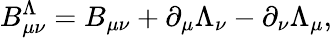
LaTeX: B_{\mu\nu}^{\Lambda}=B_{\mu\nu}+\partial_{\mu}\Lambda_{\nu}-\partial_{\nu}\Lambda_{\mu},